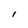
Character: i